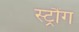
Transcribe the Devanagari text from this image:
स्ट्रौंग